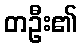
တဦး၏